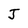
Character: J